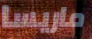
ماريسا